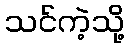
သင်ကဲ့သို့